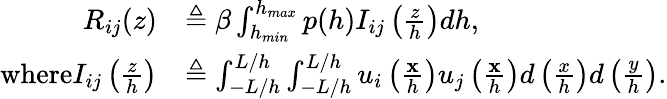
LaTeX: \begin{array}{rl}{R_{ij}(z)}&{\triangleq\beta\int_{h_{min}}^{h_{max}}p(h)I_{ij}\left(\frac{z}{h}\right)dh,}\\ {\textrm{where}I_{ij}\left(\frac{z}{h}\right)}&{\triangleq\int_{-L/h}^{L/h}\int_{-L/h}^{L/h}u_{i}\left(\frac{\mathbf{x}}{h}\right)u_{j}\left(\frac{\mathbf{x}}{h}\right)d\left(\frac{x}{h}\right)d\left(\frac{y}{h}\right).}\end{array}